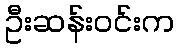
ဦးဆန်းဝင်းက